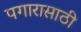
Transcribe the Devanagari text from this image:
पगारासाठी